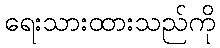
ရေးသားထားသည်ကို